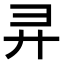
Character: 𫸖